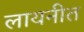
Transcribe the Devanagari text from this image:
लायनीत